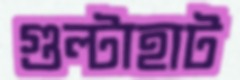
গুল্টাহাট